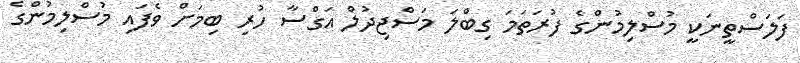
ފަލަސްތީނަކީ މުސްލިމުންގެ ފުރަތަމަ ގިބްލަ މަސްޖިދުލް އަގްސާ ހުރި ބިމަށް ވެފައި މުސްލިމުންގެ